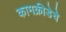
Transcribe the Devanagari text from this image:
कामक्रीडेचे